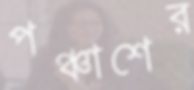
পঞ্চাশের